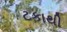
ટકાથી